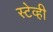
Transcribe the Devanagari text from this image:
स्टेव्ही